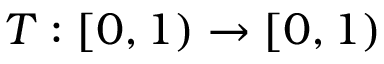
T : [ 0 , 1 ) \to [ 0 , 1 )